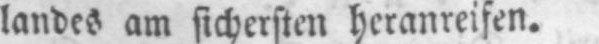
landes am sichersten heranreifen.